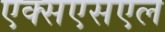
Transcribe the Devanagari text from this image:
एक्सएसएल